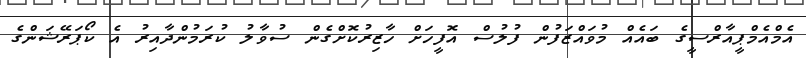
އެމްއެމްޕީއާރްސީގެ ބައެއް މުވައްޒަފުން ފުލުސް އޮފީހަށް ހާޒިރުކޮށްގެން ސުވާލު ކުރަމުންދާއިރު އެ ކޯޕަރޭޝަންގެ